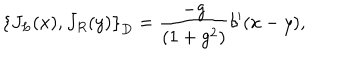
LaTeX: \left\{ J _ { L } ( x ) , J _ { R } ( y ) \right\} _ { D } = \frac { - g } { ( 1 + g ^ { 2 } ) } \delta ^ { \prime } ( x - y ) ,